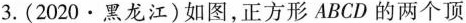
3.(2020·黑龙江)如图，正方形ABCD的两个顶